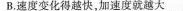
B.速度变化得越快，加速度就越大